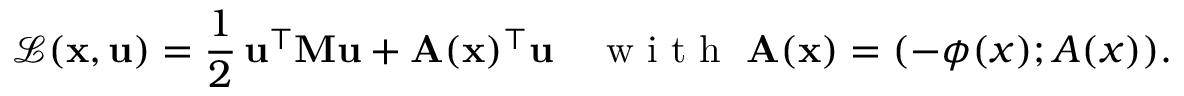
\mathcal { L } ( \mathbf { x } , \mathbf { u } ) = \frac { 1 } { 2 } \, \mathbf { u } ^ { \top } \mathbf { M } \mathbf { u } + \mathbf { A } ( \mathbf { x } ) ^ { \top } \mathbf { u } \quad \mathrm { ~ w ~ i ~ t ~ h ~ } \ \mathbf { A } ( \mathbf { x } ) = ( - \phi ( x ) ; A ( x ) ) .